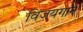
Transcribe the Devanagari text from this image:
विजयगान